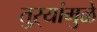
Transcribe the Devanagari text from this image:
तुऱ्यांमुळे